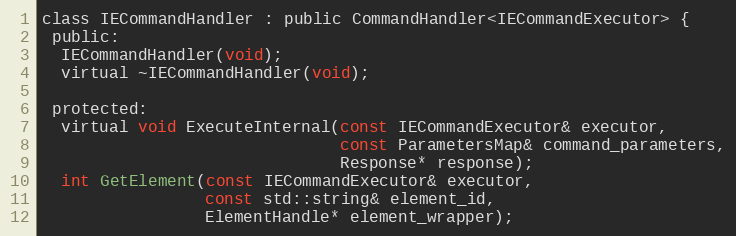
Language: C
class IECommandHandler : public CommandHandler<IECommandExecutor> {
 public:
  IECommandHandler(void);
  virtual ~IECommandHandler(void);

 protected:
  virtual void ExecuteInternal(const IECommandExecutor& executor,
                               const ParametersMap& command_parameters,
                               Response* response);
  int GetElement(const IECommandExecutor& executor,
                 const std::string& element_id,
                 ElementHandle* element_wrapper);